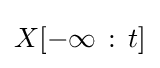
X[-\infty \,\mathrel {:} \,t]